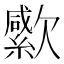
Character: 𣤭